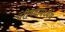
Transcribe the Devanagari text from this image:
परीषदामध्येय